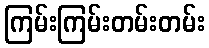
ကြမ်းကြမ်းတမ်းတမ်း